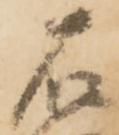
石